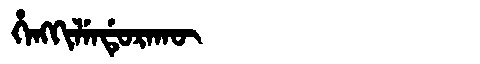
Manchu: ᡥᡝᠩᡴᡳᠯᡝᠨᡩᡠᡵᠠᡴᡡ
Romanization: HENGKILENDURAKŪ